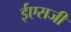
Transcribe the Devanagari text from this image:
ईएसजी